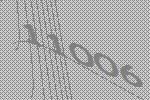
11006